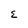
Character: E